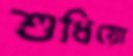
শুধিয়ো